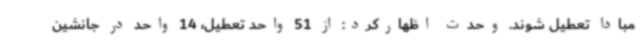
مبادا تعطیل شوند. وحدت اظهارکرد: از 51 واحد تعطیل، 14 واحد در جانشین